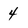
Character: 4